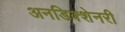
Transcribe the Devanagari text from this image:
अनडिक्शेनरी